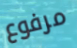
مرفوع